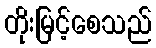
တိုးမြင့်စေသည်